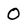
Character: 0